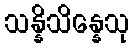
သန္နိသိန္နေသု